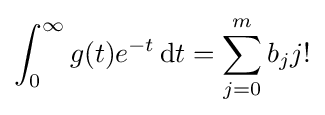
\int _{0}^{\infty }g(t)e^{-t}\,\mathrm {d} t=\sum _{j=0}^{m}b_{j}j!